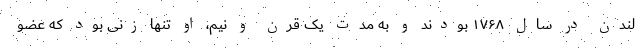
لندن در سال ۱۷۶۸ بودند و به مدت یک قرن و نیم، او تنها زنی بود که عضو